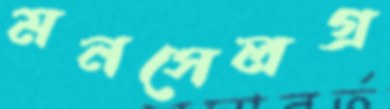
মনসেলগ্র